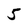
Character: 5